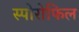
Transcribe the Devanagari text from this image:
स्पोरोफिल